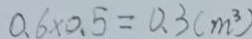
0 . 6 \times 0 . 5 = 0 . 3 ( m ^ { 3 } )